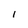
Character: I